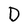
Character: D